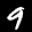
Label: 9